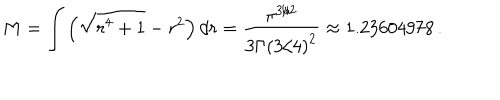
M = \int \left( \sqrt { r ^ { 4 } + 1 } - r ^ { 2 } \right) d r = \frac { \pi ^ { 3 / 2 } } { 3 { \Gamma ( 3 / 4 ) } ^ { 2 } } \approx 1 . 2 3 6 0 4 9 7 8 \, .